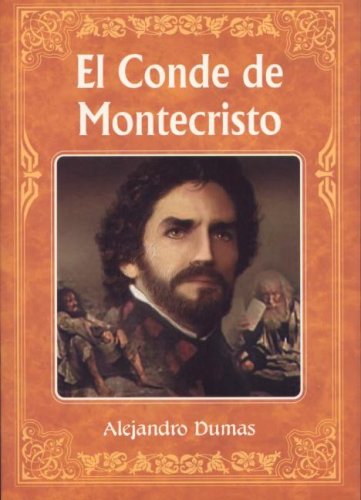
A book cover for Conde de Montecristo (Coleccion los Inmortales) (Spanish Edition); Alejandro Dumas; Literature & Fiction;